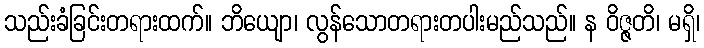
သည်းခံခြင်းတရားထက်။ ဘိယျော၊ လွန်သောတရားတပါးမည်သည်။ န ဝိဇ္ဇတိ၊ မရှိ၊